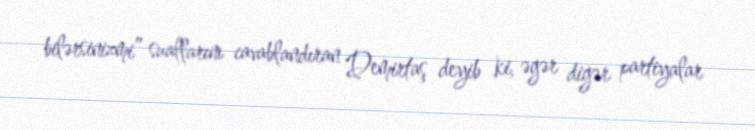
bilərsinizmi” suallarını cavablandıran Demirtaş deyib ki, əgər digər partiyalar